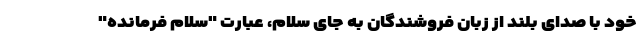
خود با صدای بلند از زبان فروشندگان به جای سلام، عبارت "سلام فرمانده"